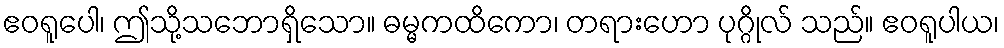
ဧဝရူပေါ၊ ဤသို့သဘောရှိသော။ ဓမ္မကထိကော၊ တရားဟော ပုဂ္ဂိုလ် သည်။ ဧဝရူပါယ၊